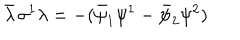
LaTeX: \bar { \lambda } \, \sigma ^ { 1 } \lambda = - ( \bar { \psi } _ { 1 } \psi ^ { 1 } - \bar { \psi } _ { 2 } \psi ^ { 2 } )